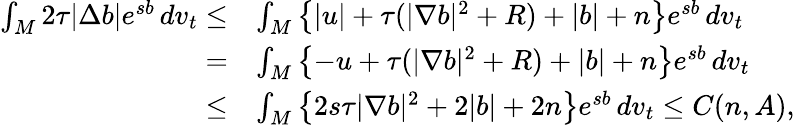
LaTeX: \begin{array}{rl}{\int_{M}2\tau|\Delta b|e^{sb}\, dv_{t}\le}&{\int_{M}\left\{ |u|+\tau(|\nabla b|^{2}+R)+|b|+n\right\} e^{sb}\, dv_{t}}\\ {=}&{\int_{M}\left\{ -u+\tau(|\nabla b|^{2}+R)+|b|+n\right\} e^{sb}\, dv_{t}}\\ {\le}&{\int_{M}\left\{ 2s\tau|\nabla b|^{2}+2|b|+2n\right\} e^{sb}\, dv_{t}\le C(n,A),}\end{array}